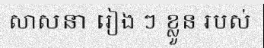
សាសនា រៀង ៗ ខ្លួន របស់